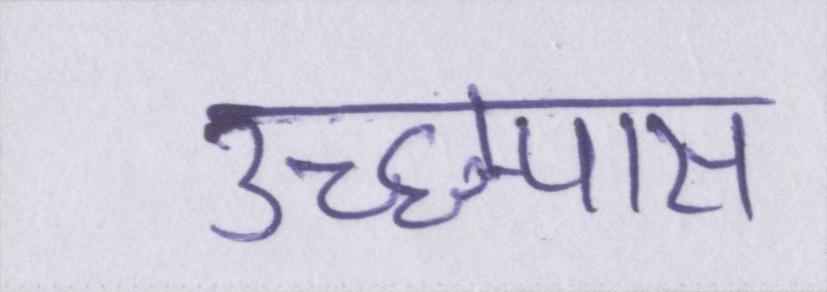
उच्छ्वास